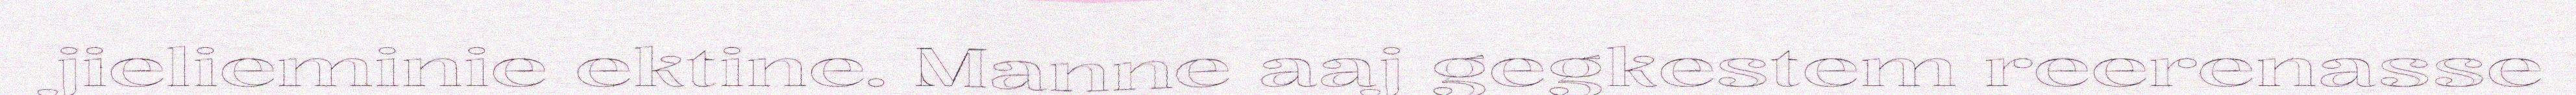
jielieminie ektine. Manne aaj gegkestem reerenasse